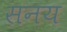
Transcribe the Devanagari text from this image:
सनय